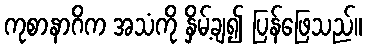
ကုစာနာဂိက အသံကို နှိမ့်ချ၍ ပြန်ဖြေသည်။